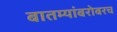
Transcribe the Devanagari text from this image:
बातम्यांबरोबरच